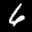
Label: 6